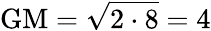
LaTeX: {\mathrm{GM}}={\sqrt{2\cdot 8}}=4